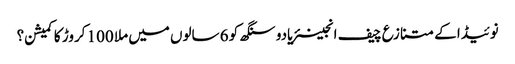
نوئیڈا کے متنازع چیف انجینئریادو سنگھ کو 6 سالوں میں ملا 100 کروڑ کا کمیشن؟